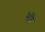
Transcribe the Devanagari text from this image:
भी